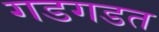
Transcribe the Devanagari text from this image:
गडगडत